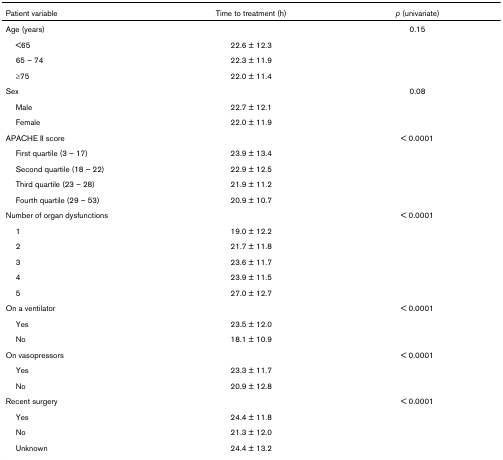
| Patient variable | Time to treatment (h) | p (univariate) |
 | --- | --- | --- |
 | Age (years) |  | 0.15 |
 | <65 | 22.6 ± 12.3 |  |
 | 65 – 74 | 22.3 ± 11.9 |  |
 | ≥75 | 22.0 ± 11.4 |  |
 | Sex |  | 0.08 |
 | Male | 22.7 ± 12.1 |  |
 | Female | 22.0 ± 11.9 |  |
 | APACHE II score |  | < 0.0001 |
 | First quartile (3 – 17) | 23.9 ± 13.4 |  |
 | Second quartile (18 – 22) | 22.9 ± 12.5 |  |
 | Third quartile (23 – 28) | 21.9 ± 11.2 |  |
 | Fourth quartile (29 – 53) | 20.9 ± 10.7 |  |
 | Number of organ dysfunctions |  | < 0.0001 |
 | 1 | 19.0 ± 12.2 |  |
 | 2 | 21.7 ± 11.8 |  |
 | 3 | 23.6 ± 11.7 |  |
 | 4 | 23.9 ± 11.5 |  |
 | 5 | 27.0 ± 12.7 |  |
 | On a ventilator |  | < 0.0001 |
 | Yes | 23.5 ± 12.0 |  |
 | No | 18.1 ± 10.9 |  |
 | On vasopressors |  | < 0.0001 |
 | Yes | 23.3 ± 11.7 |  |
 | No | 20.9 ± 12.8 |  |
 | Recent surgery |  | < 0.0001 |
 | Yes | 24.4 ± 11.8 |  |
 | No | 21.3 ± 12.0 |  |
 | Unknown | 24.4 ± 13.2 |  |